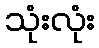
သုံးလုံး